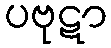
ပဗုဋာ